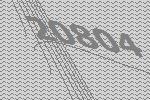
20804